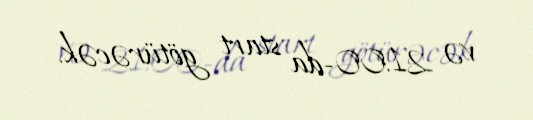
və 21:00-da start götürəcək.